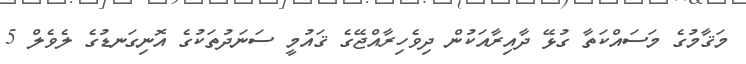
މަޤާމުގެ މަސައްކަތާ ގުޅޭ ދާއިރާއަކުން ދިވެހިރާއްޖޭގެ ޤައުމީ ސަނަދުތަކުގެ އޮނިގަނޑުގެ ލެވެލް 5